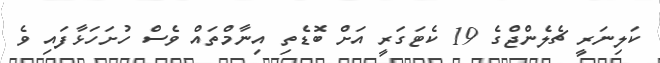
ކަލިނަރީ ޗެލެންޖްގެ 19 ކެޓަގަރީ އަށް ބޮޑެތި އިނާމްތައް ވެސް ހުށަހަޅާފައި ވެ